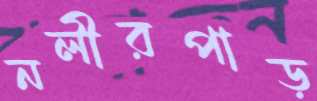
নলীরপাড়